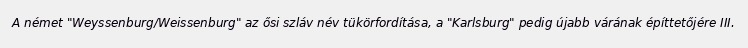
A német "Weyssenburg/Weissenburg" az ősi szláv név tükörfordítása, a "Karlsburg" pedig újabb várának építtetőjére III.